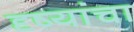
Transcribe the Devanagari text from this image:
दृष्यांचा